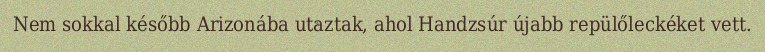
Nem sokkal később Arizonába utaztak, ahol Handzsúr újabb repülőleckéket vett.